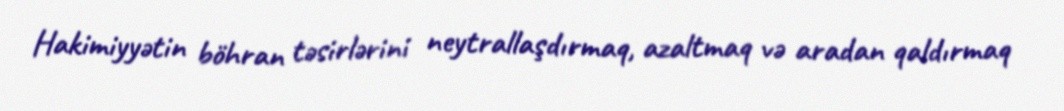
Hakimiyyətin böhran təsirlərini neytrallaşdırmaq, azaltmaq və aradan qaldırmaq